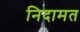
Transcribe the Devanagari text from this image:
निदामत